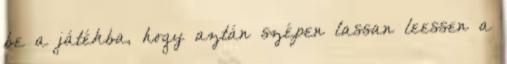
be a játékba, hogy aztán szépen lassan leessen a